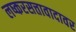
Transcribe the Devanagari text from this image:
लष्करसत्तावादावर